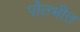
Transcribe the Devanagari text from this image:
पोतभीत